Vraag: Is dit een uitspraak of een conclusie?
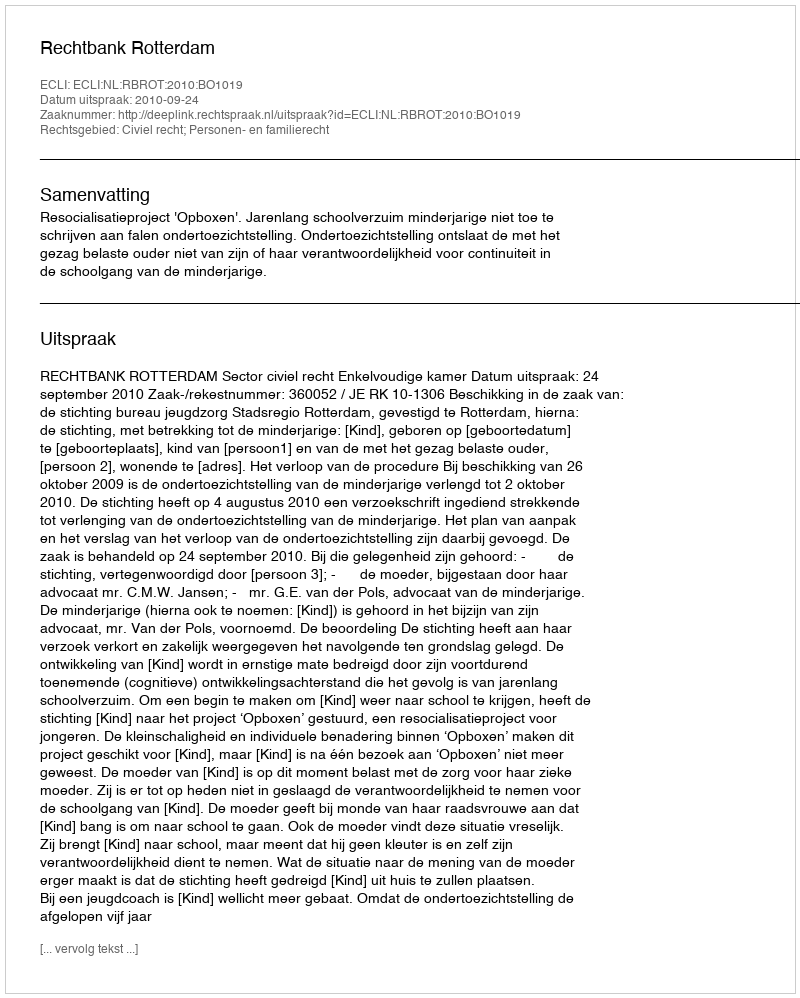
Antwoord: Uitspraak